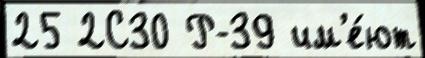
25 2С30 Р-39 им'е́ют